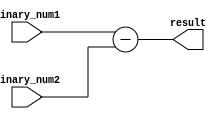
module Structural_Subtractor (
    input [7:0] binary_num1,
    input [7:0] binary_num2,
    output [7:0] result
);

wire [8:0] carry;
wire [7:0] temp_result;

assign {carry[0], temp_result} = binary_num1 - binary_num2;

assign result = temp_result;

endmodule